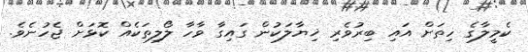
ކެމީލާގެ ހިތަށް އައި ބިރުވެރި ޚިޔާލަކުން ގައިގާ ވާހާ ލޯލިތަކެއް ކޮޅަށް ޖެހުނެވެ.